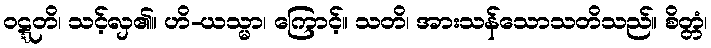
ဝဋ္ဋတိ၊ သင့်လှ၏။ ဟိ-ယသ္မာ၊ ကြောင့်။ သတိ၊ အားသန်သောသတိသည်။ စိတ္တံ၊